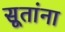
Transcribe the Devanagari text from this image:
सूतांना